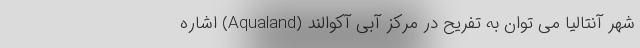
شهر آنتالیا می توان به تفریح در مرکز آبی آکوالند (Aqualand) اشاره